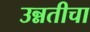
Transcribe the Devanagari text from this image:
उन्नतीचा